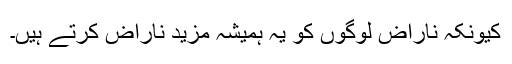
کیونکہ ناراض لوگوں کو یہ ہمیشہ مزید ناراض کرتے ہیں۔